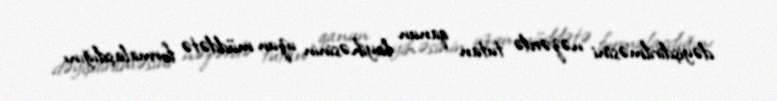
dəyişdirilməsini nəzərdə tutan qanun layihəsinin uzun müddətə formalaşdığını